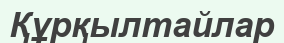
Құрқылтайлар